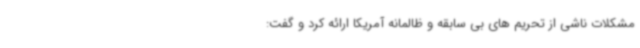
مشکلات ناشی از تحریم های بی سابقه و ظالمانه آمریکا ارائه کرد و گفت: